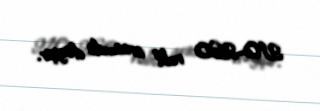
210-260 rubl arasında dəyişir.